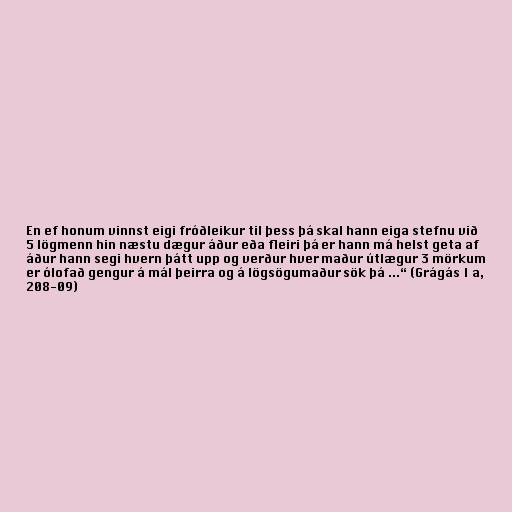
En ef honum vinnst eigi fróðleikur til þess þá skal hann eiga stefnu við
5 lögmenn hin næstu dægur áður eða fleiri þá er hann má helst geta af
áður hann segi hvern þátt upp og verður hver maður útlægur 3 mörkum
er ólofað gengur á mál þeirra og á lögsögumaður sök þá ...“ (Grágás I a,
208-09)